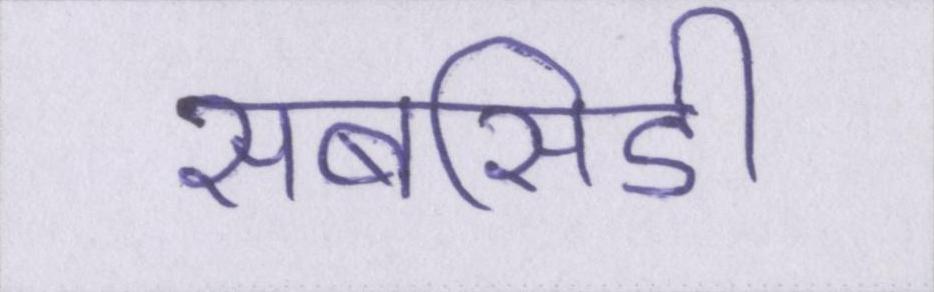
सबसिडी